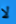
لا